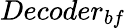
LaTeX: Decoder_{bf}